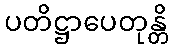
ပတိဋ္ဌာပေတုန္တိ